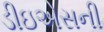
ડીઇએસની